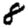
Digit: 8